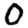
Digit: 0